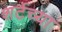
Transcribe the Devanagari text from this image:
शर्टच्या